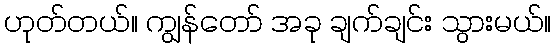
ဟုတ်တယ်။ ကျွန်တော် အခု ချက်ချင်း သွားမယ်။